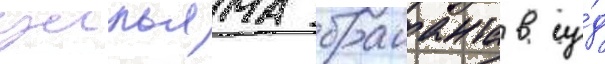
уильяма браианта в су́д